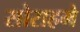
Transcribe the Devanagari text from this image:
सोराहमे